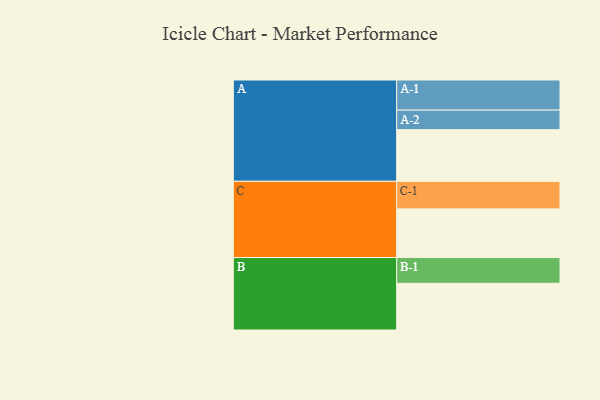
{"axis": {"x": "Segment", "y": "Value"}, "legend": ["", "A", "B", "C"], "data": [{"x": "A", "y": 451, "type": ""}, {"x": "B", "y": 408, "type": ""}, {"x": "C", "y": 425, "type": ""}, {"x": "A-1", "y": 263, "type": "A"}, {"x": "A-2", "y": 171, "type": "A"}, {"x": "B-1", "y": 225, "type": "B"}, {"x": "C-1", "y": 241, "type": "C"}]}